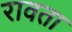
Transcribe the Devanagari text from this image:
रावता